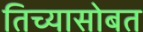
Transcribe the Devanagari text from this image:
तिच्यासोबत